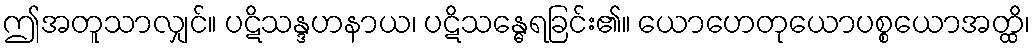
ဤအတူသာလျှင်။ ပဋိသန္ဒဟနာယ၊ ပဋိသန္ဓေရခြင်း၏။ ယောဟေတုယောပစ္စယောအတ္ထိ၊